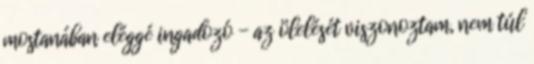
mostanában eléggé ingadozó - az ölelését viszonoztam, nem túl